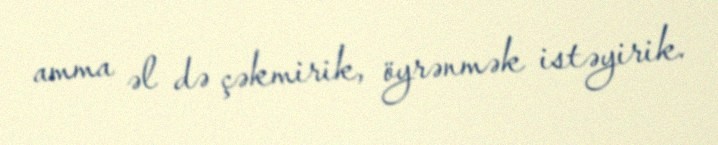
amma əl də çəkmirik, öyrənmək istəyirik.